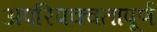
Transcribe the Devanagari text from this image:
अपरिपक्वतापूर्ण